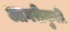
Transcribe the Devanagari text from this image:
आगरीकुली